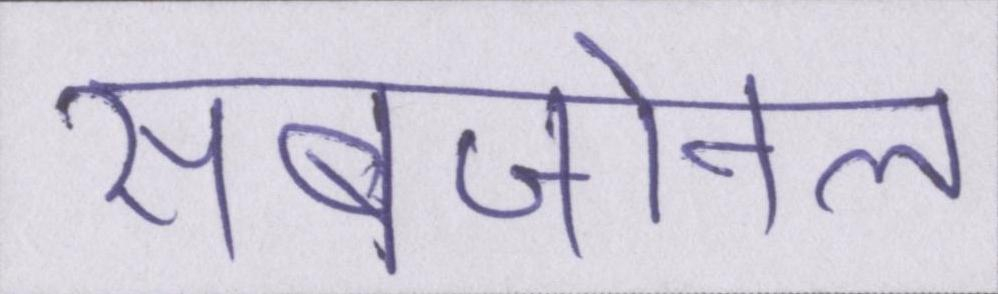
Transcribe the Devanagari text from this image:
सबजोनल